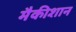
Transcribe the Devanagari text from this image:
मैकीशान